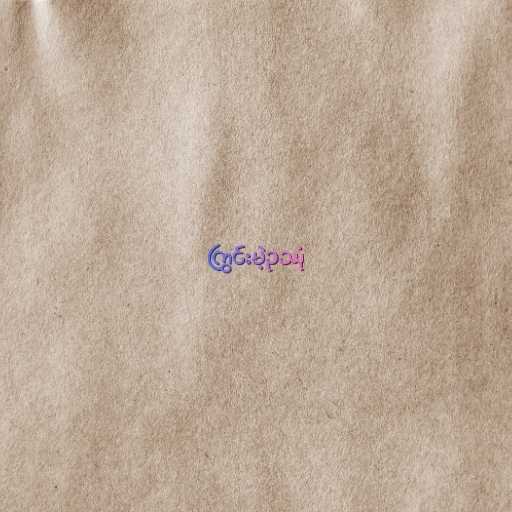
ကြွင်းမဲ့ဥဿုံ